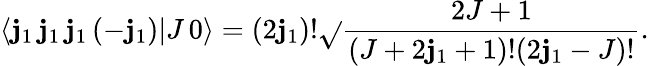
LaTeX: \langle\mathbf{j}_{1}\, \mathbf{j}_{1}\, \mathbf{j}_{1}\, (-\mathbf{j}_{1})|J\, 0\rangle=(2\mathbf{j}_{1})!{\sqrt{}{{\frac{{2J+1}}{{(J+2\mathbf{j}_{1}+1)!(2\mathbf{j}_{1}-J)!}}}}}.